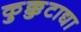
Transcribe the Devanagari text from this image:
कुक्कुटाद्या